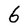
Character: 6